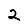
Digit: 2